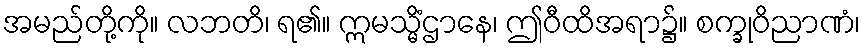
အမည်တို့ကို။ လဘတိ၊ ရ၏။ ဣမသ္မိံဌာနေ၊ ဤဝီထိအရာ၌။ စက္ခုဝိညာဏံ၊